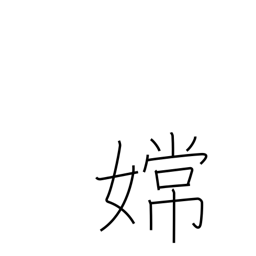
Meaning: proper name